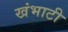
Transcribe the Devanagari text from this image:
खंभाटी